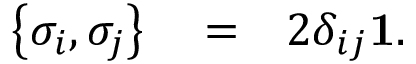
\begin{array} { r l r } { \left\{ \sigma _ { i } , \sigma _ { j } \right\} } & { { } = } & { 2 \delta _ { i j } { \bf 1 } . } \end{array}